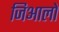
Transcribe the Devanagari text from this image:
जिआलो